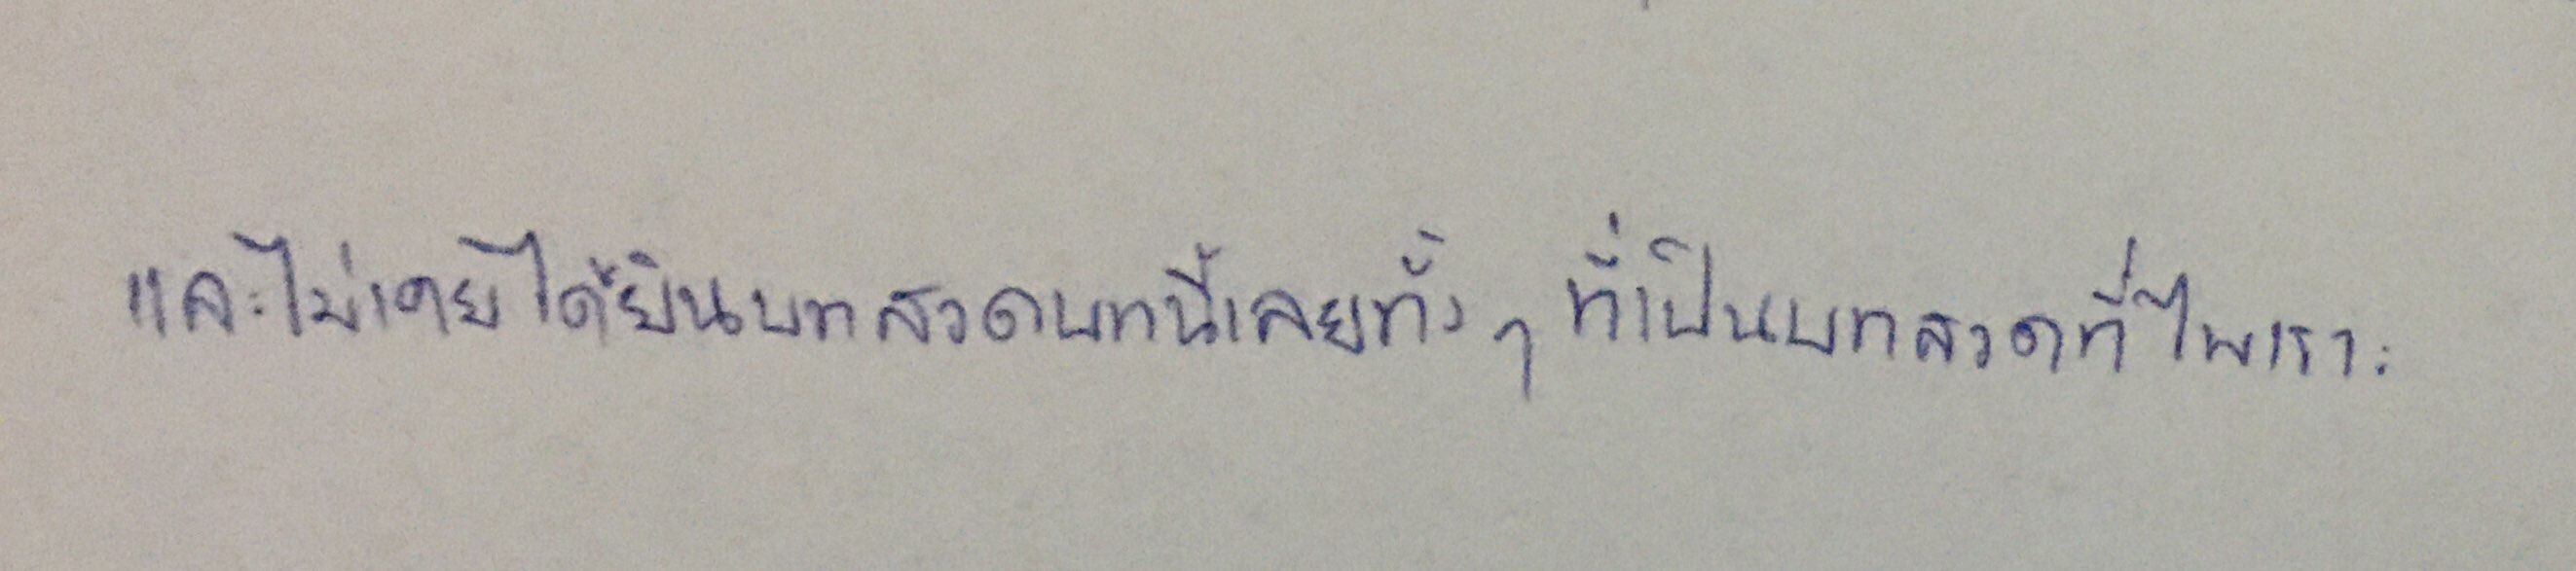
และไม่เคยได้ยินบทสวดบทนี้เลยทั้งๆ ที่เป็นบทสวดที่ไพเราะ